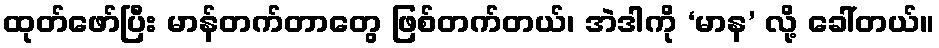
ထုတ်ဖော်ပြီး မာန်တက်တာတွေ ဖြစ်တက်တယ်၊ အဲဒါကို ‘မာန’ လို့ ခေါ်တယ်။